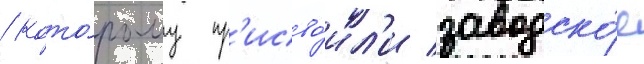
/ кото́рому пр'исво́ил'и заводско́е